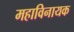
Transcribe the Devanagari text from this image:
महाविनायक